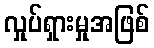
လှုပ်ရှားမှုအဖြစ်